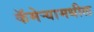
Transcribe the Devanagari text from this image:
कॅमेऱ्यामधील